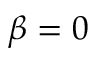
\beta = 0